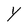
Character: Y